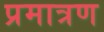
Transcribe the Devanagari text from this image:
प्रमात्रण